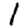
Digit: 1